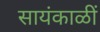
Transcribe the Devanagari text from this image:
सायंकाळीं